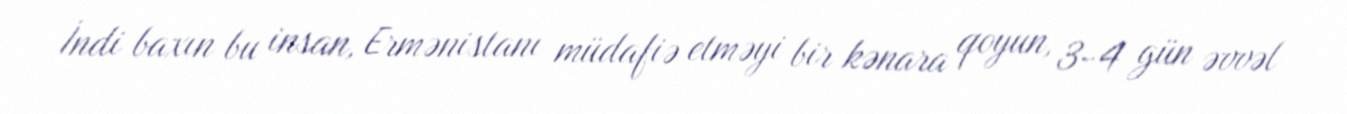
İndi baxın bu insan, Ermənistanı müdafiə etməyi bir kənara qoyun, 3-4 gün əvvəl